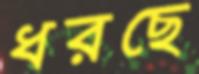
ধরছে